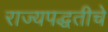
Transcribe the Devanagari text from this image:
राज्यपद्धतीचे